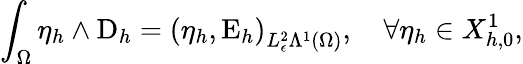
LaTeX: \int_{\Omega}\eta_{h}\wedge\mathrm{D}_{h}=\left(\eta_{h},\mathrm{E}_{h}\right)_{L_{\epsilon}^{2}\Lambda^{1}(\Omega)},\quad\forall\eta_{h}\in X_{h,0}^{1},